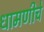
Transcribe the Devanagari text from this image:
धामणीचे